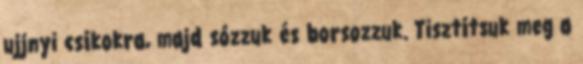
ujjnyi csíkokra, majd sózzuk és borsozzuk. Tisztítsuk meg a